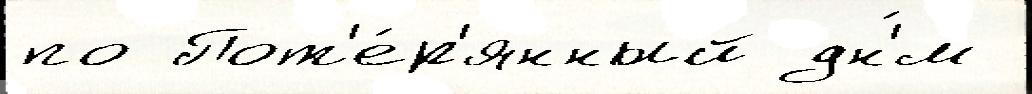
по Пот'е́р'янный дн'́м